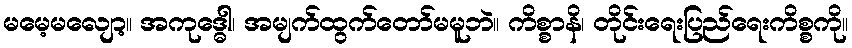
မမေ့မလျော့။ အကုဒ္ဓေါ၊ အမျက်ထွက်တော်မမူဘဲ။ ကိစ္စာနိ၊ တိုင်းရေးပြည်ရေးကိစ္စကို။